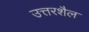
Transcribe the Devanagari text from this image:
उत्तरशैल